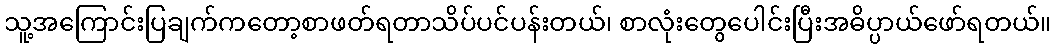
သူ့အကြောင်းပြချက်ကတော့စာဖတ်ရတာသိပ်ပင်ပန်းတယ်၊ စာလုံးတွေပေါင်းပြီးအဓိပ္ပာယ်ဖော်ရတယ်။